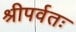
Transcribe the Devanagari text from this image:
श्रीपर्वतः